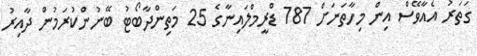
ގަތަރު އެއާވޭސް އިން މިހާތަނަށް 787 ޑްރީމްލައިނާގެ 25 މަތިންދާބޯޓު ބޭނުންކުރަމުން ދާއިރު